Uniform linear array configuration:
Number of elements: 64
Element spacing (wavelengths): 0.75
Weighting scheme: uniform
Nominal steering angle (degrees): -60
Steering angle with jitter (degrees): -59.492
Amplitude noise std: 0.05
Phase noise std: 0.05

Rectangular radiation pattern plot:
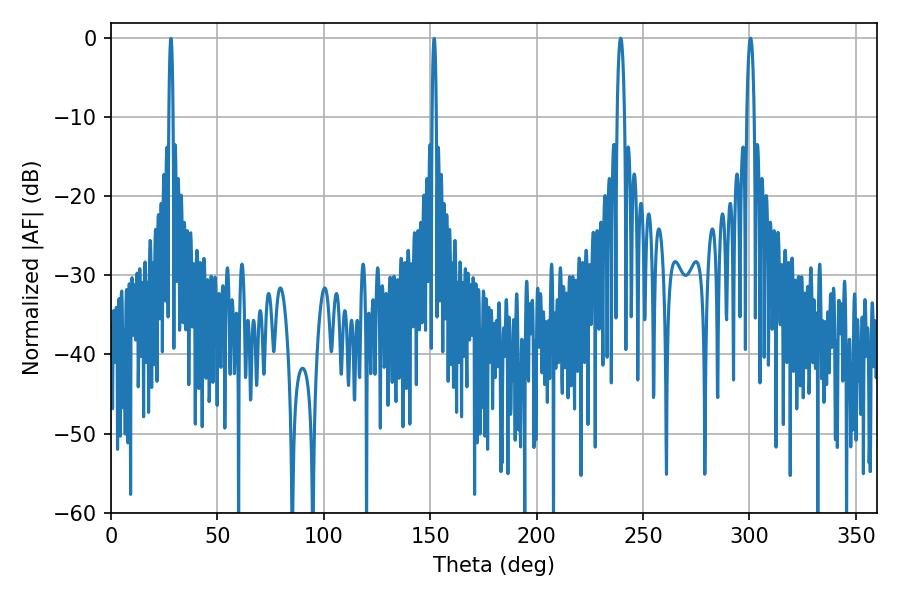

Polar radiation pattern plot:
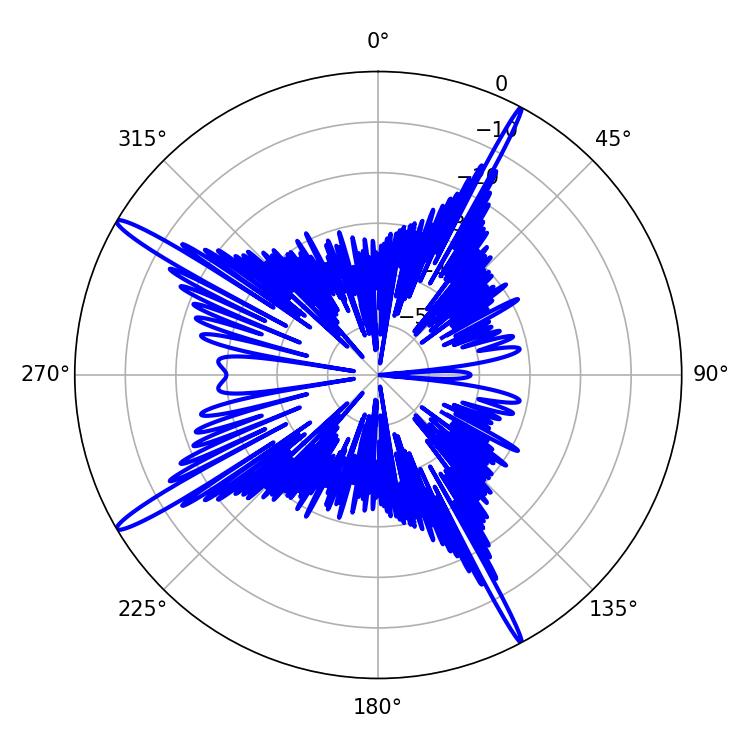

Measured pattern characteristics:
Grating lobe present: TRUE
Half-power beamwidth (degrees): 1.98
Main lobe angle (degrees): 239.4